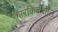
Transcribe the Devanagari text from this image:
कारकिर्दीतील